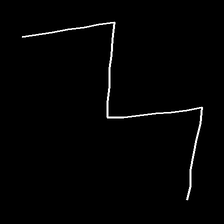
Glyph: crush